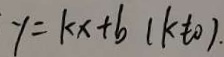
y = k x + b ( k \neq 0 )